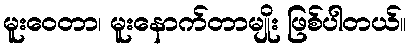
မူးဝေတာ၊ မူးနောက်တာမျိုး ဖြစ်ပါတယ်။